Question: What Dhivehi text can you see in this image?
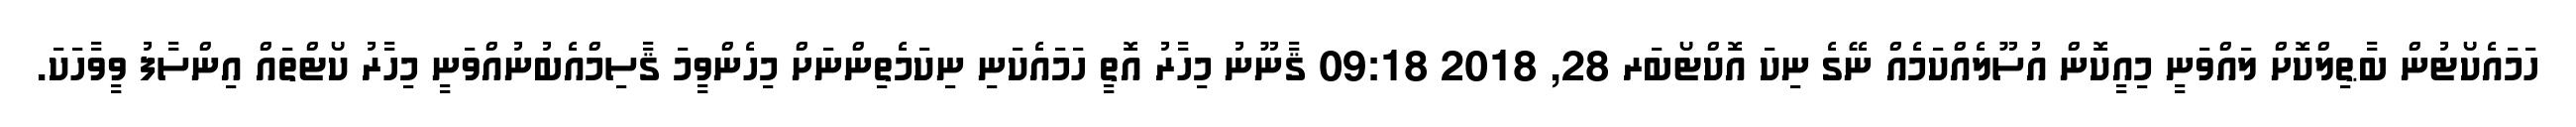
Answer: ހަމައެކޯޓުން ބާޠިލްކޮށް ލައްވަނީ މިއީކޮން އުސޫލެއްކަމެއް ނޭގެ ނިކަ އޮކްޓޯބަރ 28, 2018 09:18 ޤާނޫނު މިހާރު އޮތީ ހަމައެކަނި ނިކަމެތިންނަށް މިހެންވީމަ ޤާސިމްއެބުނުއްވަނީ މިހާރު ކޯޓްތައް އިންސާފު ވީވާހަކަ.